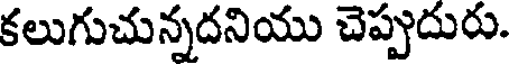
కలుగుచున్నదనియు చెప్పుదురు.